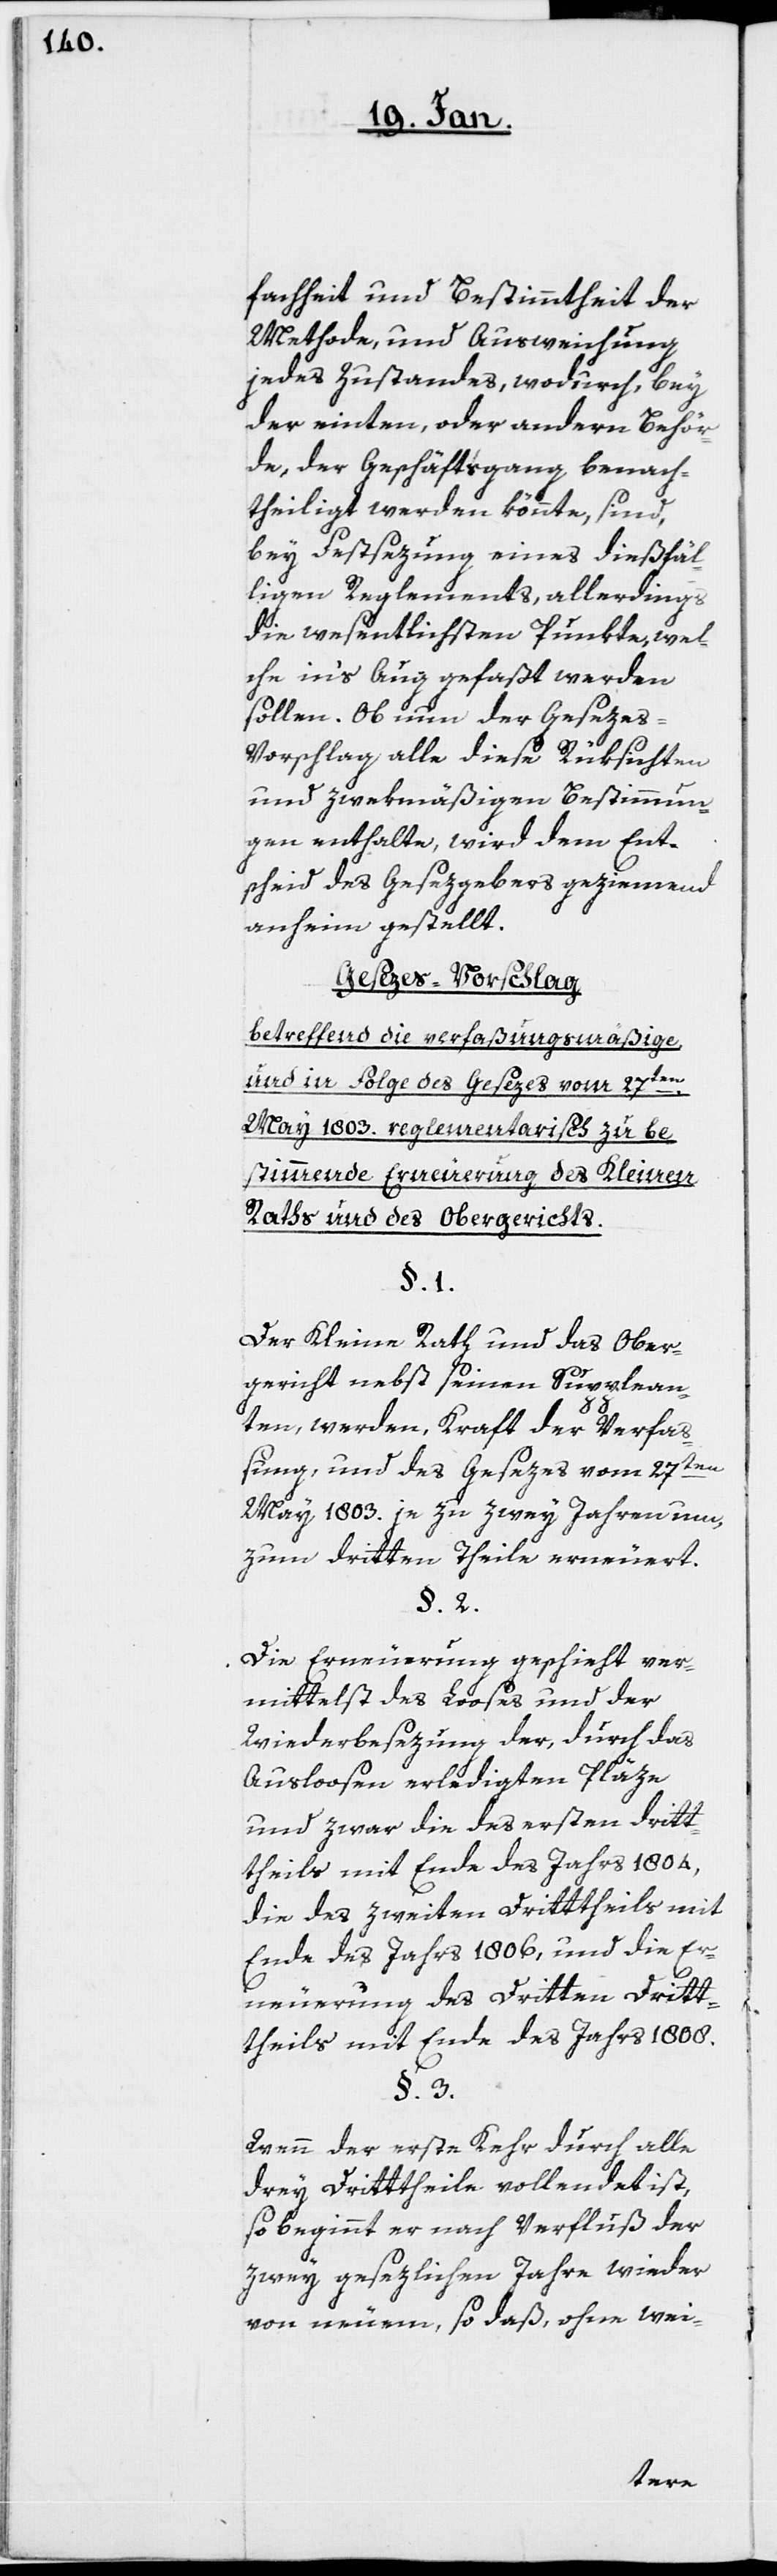
fachheit und Bestimmtheit der
Methode, und Ausweichung
jedes Zustandes, wodurch, bey
der einten, oder andern Behör¬
de, der Geschäftsgang benach¬
theiligt werden könnte, sind
bey Festsezung eines dießfäl¬
ligen Reglements, allerdings
die wesentlichsten Punkte, wel¬
che in’s Aug gefaßt werden
sollen. Ob nun der Geseze¬
s-Vorschlag alle diese Rücksichten
und zwekmäßigen Bestimmun¬
gen enthalte, wird dem Ent¬
scheid des Gesezgebers geziemend
anheim gestellt.
Gesezes-Vorschlag
betreffend die verfaßungsmäßige
und in Folge des Gesezes vom 27ten.
May 1803. reglementarisch zu be¬
stimmende Erneuerung des Kleinen
Raths und des Obergerichts.
§. 1.
Der Kleine Rath und das Ober¬
gericht nebst seinen Supplean¬
ten werden, Kraft der Verfaß¬
ung und des Gesezes vom 27ten
May 1803. je zu zwei Jahren um,
zum dritten Theile erneuert.
§. 2.
Die Erneuerung geschieht ver¬
mittelst des Looses und der
Wiederbesezung der, durch das
Ausloosen erledigten Pläze,
und zwar die des ersten drit¬
theils mit Ende des Jahrs 1804,
die des zweiten Drittheils mit
Ende des Jahrs 1806, und die Er¬
neuerung des Dritten Drit¬
theils mit Ende des Jahrs 1808.
§. 3.
Wenn der erste Kehr durch alle
drey Drittheile vollendet ist,
so beginnt er nach Verfluß der
zwey gesezlichen Jahre wieder
von neuem, so daß, ohne wie-